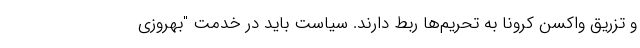
و تزریق واکسن کرونا به تحریم‌ها ربط دارند. سیاست باید در خدمت "بهروزی